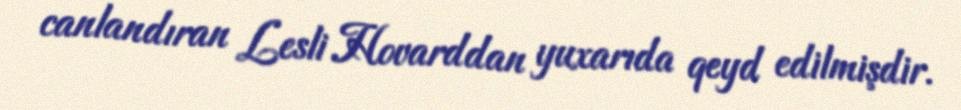
canlandıran Lesli Hovarddan yuxarıda qeyd edilmişdir.